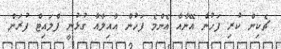
ޗެކިން ކުރި ފަހުން އޭނާއާ އެންމެ ފަހުން އާއިލާއާ ގުޅުނީ ފްލައިޓް ފުރަން